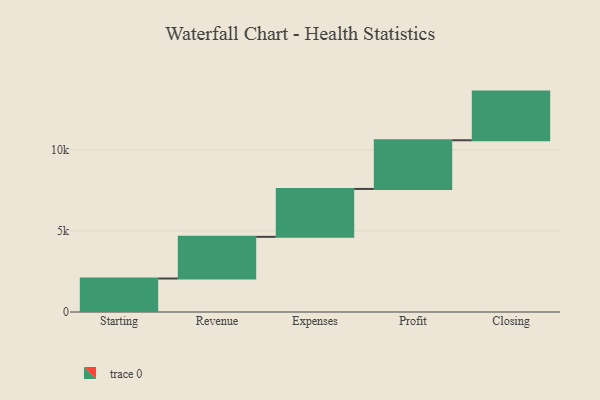
{"axis": {"x": "Step", "y": "Value"}, "legend": [""], "data": [{"x": "Starting", "y": 2064.0, "type": ""}, {"x": "Revenue", "y": 2569.0, "type": ""}, {"x": "Expenses", "y": 2952.0, "type": ""}, {"x": "Profit", "y": 3000, "type": ""}, {"x": "Closing", "y": 3000, "type": ""}]}